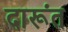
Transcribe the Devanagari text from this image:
दारूंत